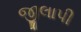
જીલાપી